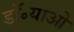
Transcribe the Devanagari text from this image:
डॉ॰याओ